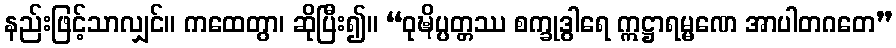
နည်းဖြင့်သာလျှင်။ ကထေတွာ၊ ဆိုပြီး၍။ “ဝုဍ္ဎိပ္ပတ္တဿ စက္ခုဒွါရေ ဣဋ္ဌာရမ္မဏေ အာပါတဂတေ”